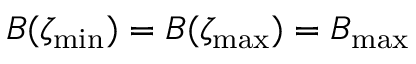
B ( \zeta _ { \mathrm { m i n } } ) = B ( \zeta _ { \mathrm { m a x } } ) = B _ { \mathrm { m a x } }